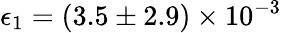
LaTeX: \epsilon_{1}=(3.5\pm 2.9)\times 10^{-3}